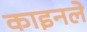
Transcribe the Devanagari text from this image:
काइनले